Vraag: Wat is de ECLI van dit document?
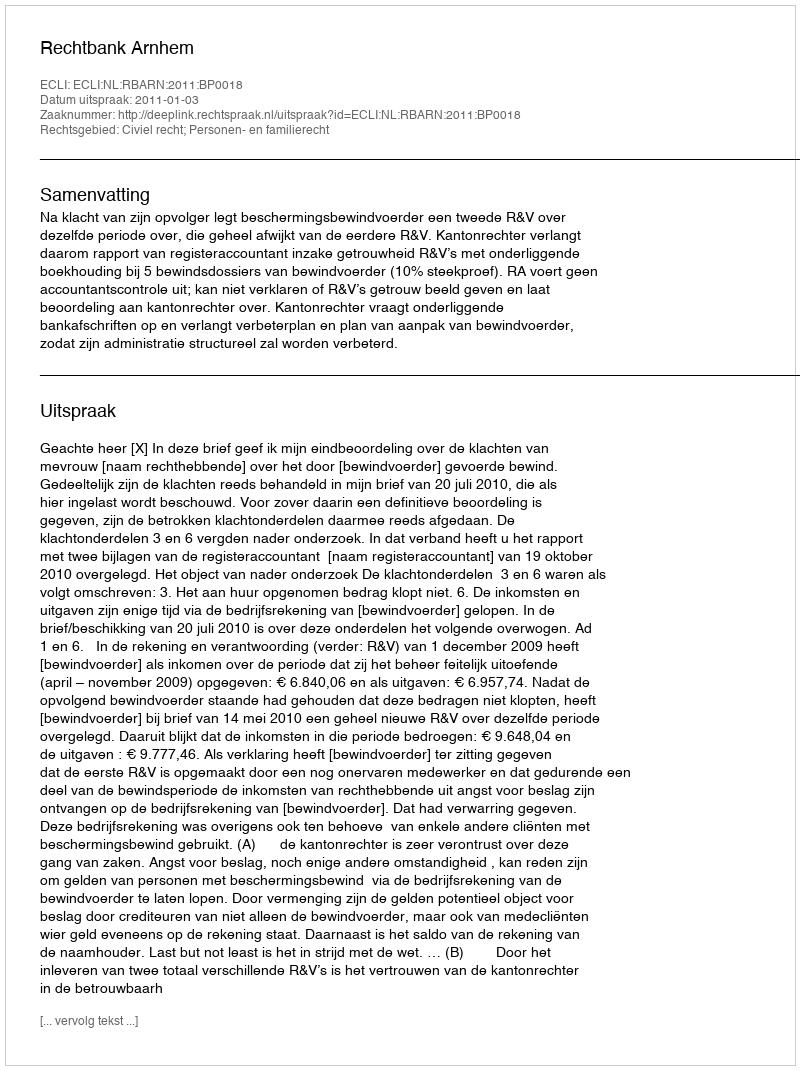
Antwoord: ECLI:NL:RBARN:2011:BP0018